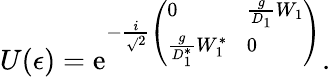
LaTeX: U(\epsilon)=\mathrm{e}^{-{\frac{{i}}{{\sqrt{}{{2}}}}\left(\begin{array}{ll}{{0}}&{{\frac{g}{D_{1}}W_{1}}}\\ {{\frac{g}{D_{1}^{*}}W_{1}^{*}}}&{{0}}\end{array}\right)}}.